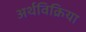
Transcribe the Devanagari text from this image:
अर्थविक्रिया